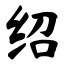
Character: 绍